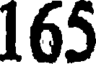
165